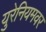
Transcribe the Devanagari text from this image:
युरेनियमवर